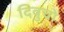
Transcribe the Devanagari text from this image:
दिवुचो